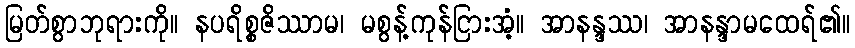
မြတ်စွာဘုရားကို။ နပရိစ္စဇိဿာမ၊ မစွန့်ကုန်ငြားအံ့။ အာနန္ဒဿ၊ အာနန္ဒာမထေရ်၏။